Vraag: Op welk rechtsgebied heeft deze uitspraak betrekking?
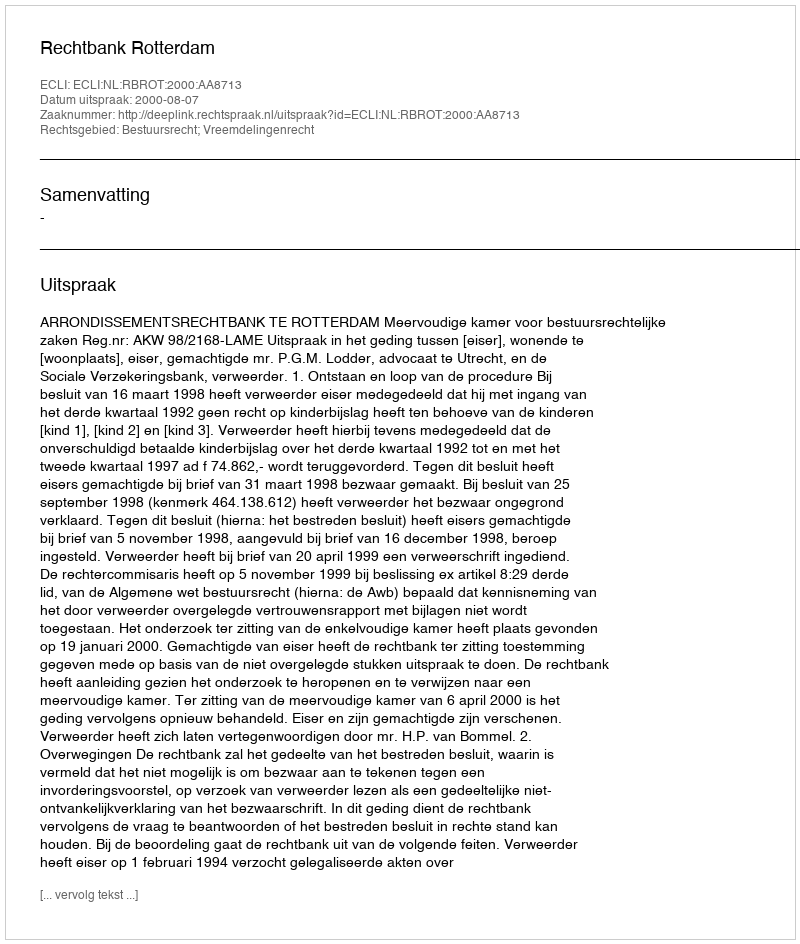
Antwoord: Bestuursrecht; Vreemdelingenrecht